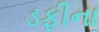
ડફીના